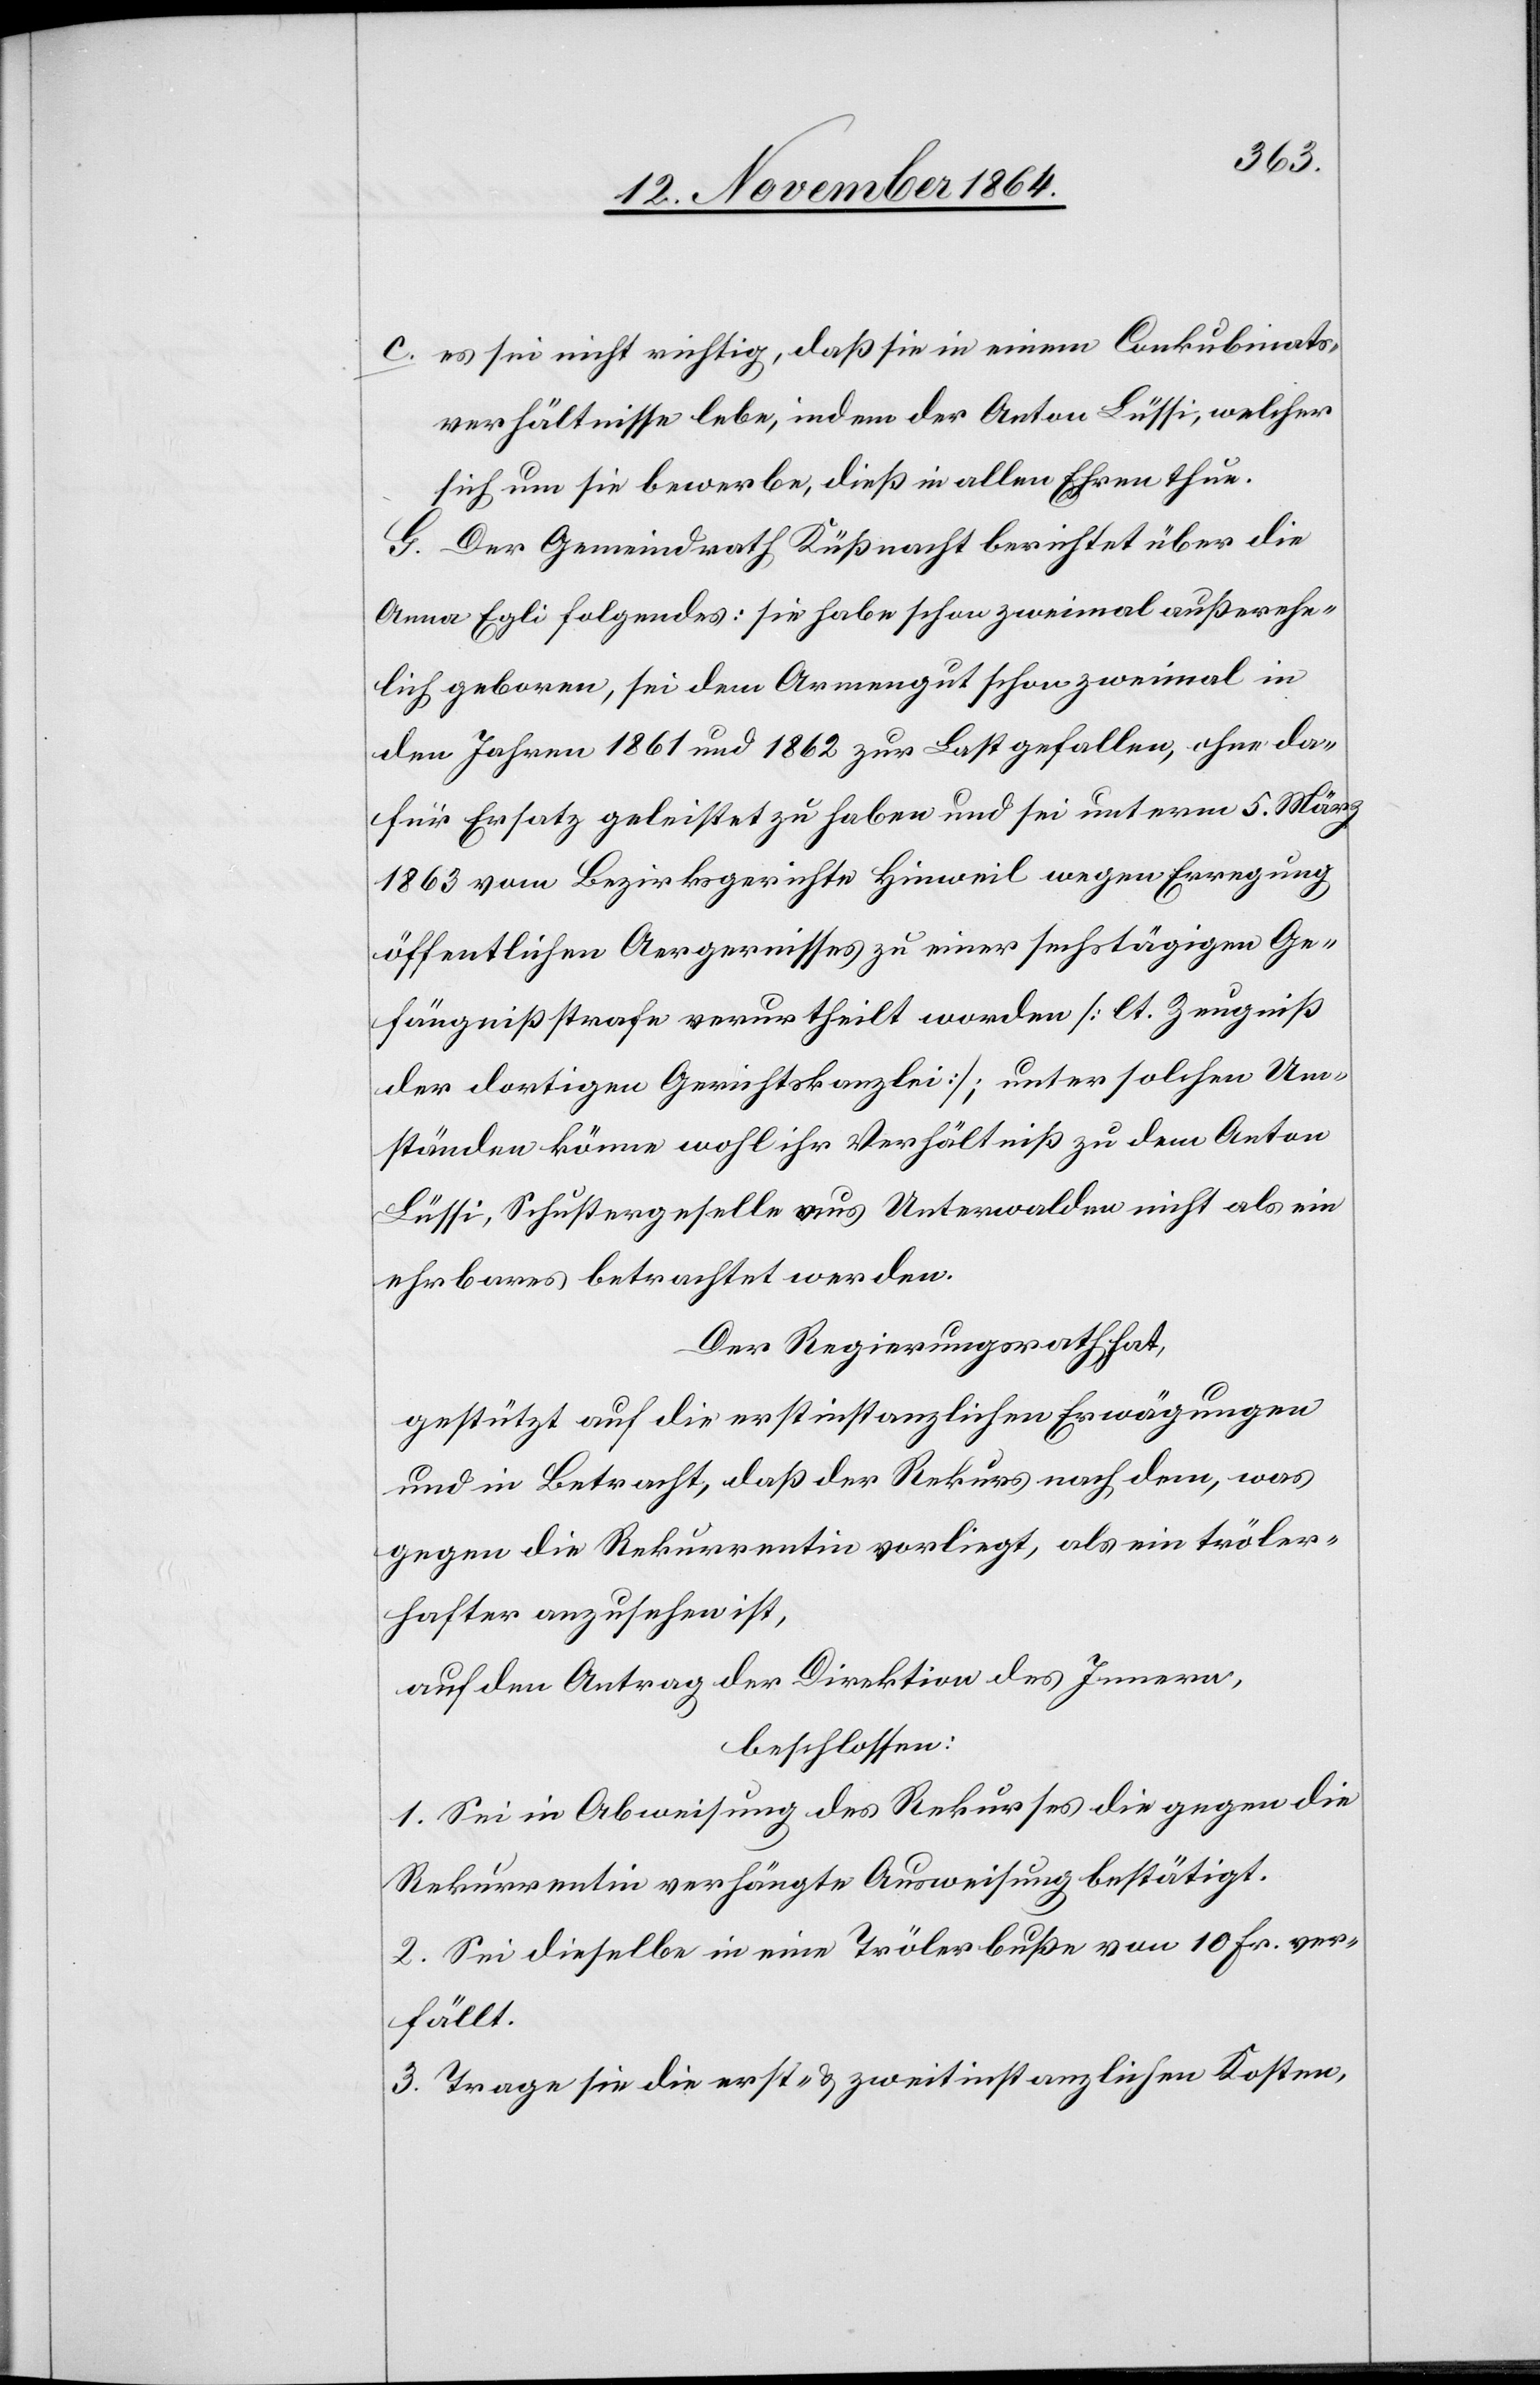
c.	es sei nicht richtig, daß sie in einem Conkubinats¬
verhältnisse lebe, indem der Anton Lüssi, welcher
sich um sie bewerbe, dieß in allen Ehren thue.
G. Der Gemeindrath Küßnacht berichtet über die
Anna Egli folgendes: sie habe schon zweimal außerehe¬
lich geboren, sei dem Armengut schon zweimal in
den Jahren 1861 und 1862 zur Last gefallen, ohne da¬
für Ersatz geleistet zu haben und sei unterm 5. März
1863 vom Bezirksgerichte Hinweil wegen Erregung
öffentlichen Aergernisses zu einer sechstägigen Ge¬
fängnißstrafe verurtheilt worden [lt. Zeugniß
der dortigen Gerichtskanzlei]; unter solchen Um¬
ständen könne wohl ihr Verhältniß zu dem Anton
Lüssi, Schustergeselle aus Unterwalden nicht als ein
ehrbares betrachtet werden.
Der Regierungsrath hat,
gestützt auf die erstinstanzlichen Erwägungen
und in Betracht, daß der Rekurs nach dem, was
gegen die Rekurrentin vorliegt, als ein tröler¬
hafter anzusehen ist,
auf den Antrag der Direktion des Innern,
beschlossen:
1. Sei in Abweisung des Rekurses die gegen die
Rekurrentin verhängte Ausweisung bestätigt.
2. Sei dieselbe in eine Trölerbuße von 10 Fr. ver¬
fällt.
3. Trage sie die erst- & zweitinstanzlichen Kosten,